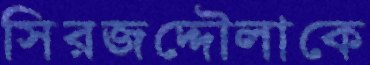
সিরজদ্দৌলাকে